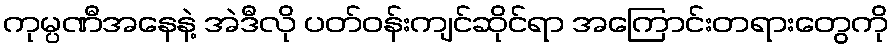
ကုမ္ပဏီအနေနဲ့ အဲဒီလို ပတ်ဝန်းကျင်ဆိုင်ရာ အကြောင်းတရားတွေကို